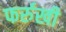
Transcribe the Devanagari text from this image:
फर्रुखी